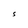
Character: S